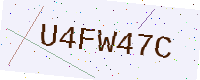
Text: U4FW47C